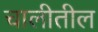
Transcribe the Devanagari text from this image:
चालीतील